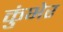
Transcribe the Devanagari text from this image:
कुंभेर